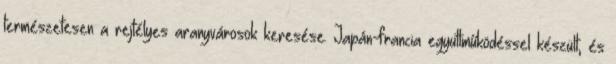
természetesen a rejtélyes aranyvárosok keresése. Japán-francia együttműködéssel készült, és